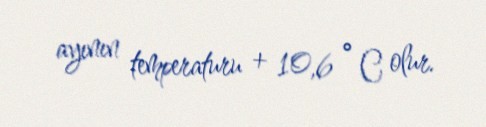
ayının temperaturu + 10,6 ° C olur.